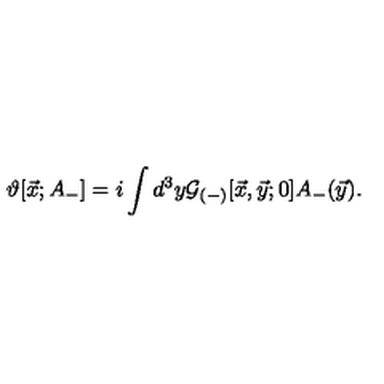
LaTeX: \vartheta [ { \vec { x } } ; A _ { - } ] = i \int d ^ { 3 } y { \cal G } _ { ( - ) } [ \vec { x } , \vec { y } ; 0 ] A _ { - } ( \vec { y } ) .